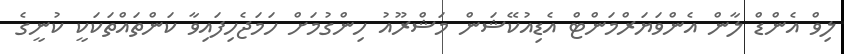
ލިވް އެންޑް ލާން އެންވަޔަރްމަންޓް އެޑިއުކޭޝަން މަޝްރޫއު ހިންގުމަށް ހަމަޖެހިފައިވާ ކަންތައްތަކަކީ ކުނީގެ